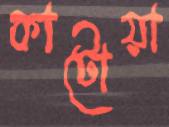
কাটোয়া